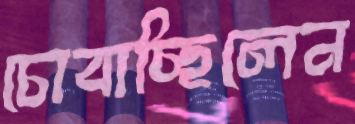
চোবাচ্ছিলেন